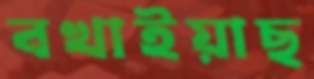
বখাইয়াছ